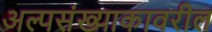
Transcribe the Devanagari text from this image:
अल्पसंख्याकावरील